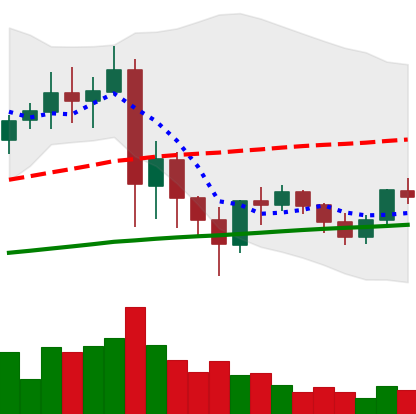
Ticker: XRP-USD
Chart end date: 2021-06-01
Forward return: -6.5%
Label: down_5_7